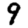
Digit: 9